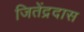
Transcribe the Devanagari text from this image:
जितेंद्रदास